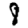
Digit: 8